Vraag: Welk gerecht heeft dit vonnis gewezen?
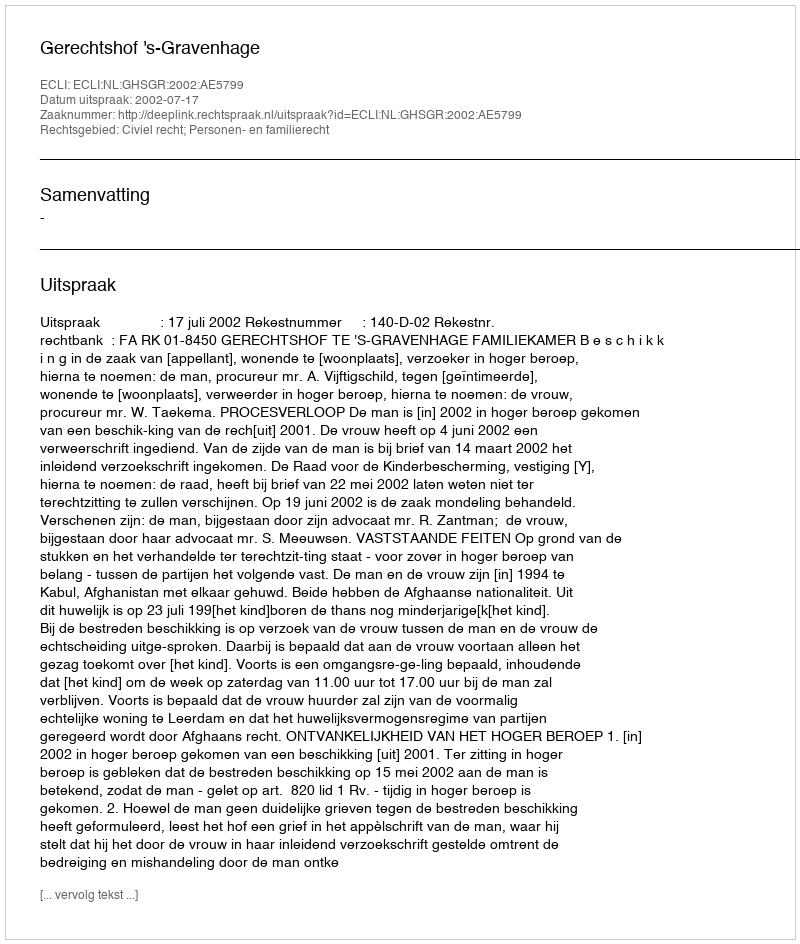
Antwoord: Gerechtshof 's-Gravenhage